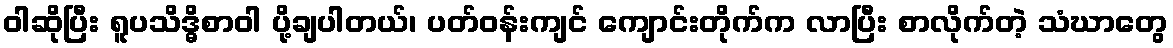
ဝါဆိုပြီး ရူပသိဒ္ဓိစာဝါ ပို့ချပါတယ်၊ ပတ်ဝန်းကျင် ကျောင်းတိုက်က လာပြီး စာလိုက်တဲ့ သံဃာတွေ